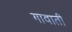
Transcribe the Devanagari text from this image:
गावाती